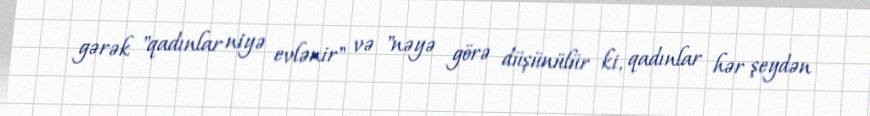
gərək "qadınlar niyə evlənir" və "nəyə görə düşünülür ki, qadınlar hər şeydən